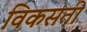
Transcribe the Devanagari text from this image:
विकसती